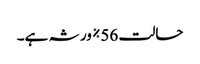
حالت 56٪ ورثہ ہے۔